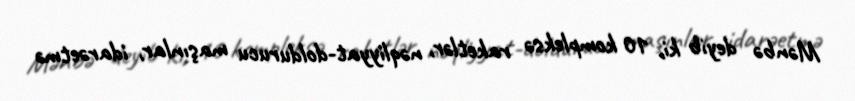
Mənbə deyib ki, 10 kompleksə raketlər, nəqliyyat-doldurucu maşınlar, idarəetmə